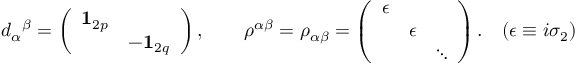
d _ { \alpha } { } ^ { \beta } = \left( \begin{array} { l l } { { { \bf { 1 } } _ { 2 p } } } & { { } } \\ { { } } & { { - { \bf { 1 } } _ { 2 q } } } \end{array} \right) , \qquad \rho ^ { \alpha \beta } = \rho _ { \alpha \beta } = \left( \begin{array} { l l l } { { \epsilon } } & { { } } & { { } } \\ { { } } & { { \epsilon } } & { { } } \\ { { } } & { { } } & { { \ddots } } \end{array} \right) . \quad ( \epsilon \equiv i \sigma _ { 2 } )